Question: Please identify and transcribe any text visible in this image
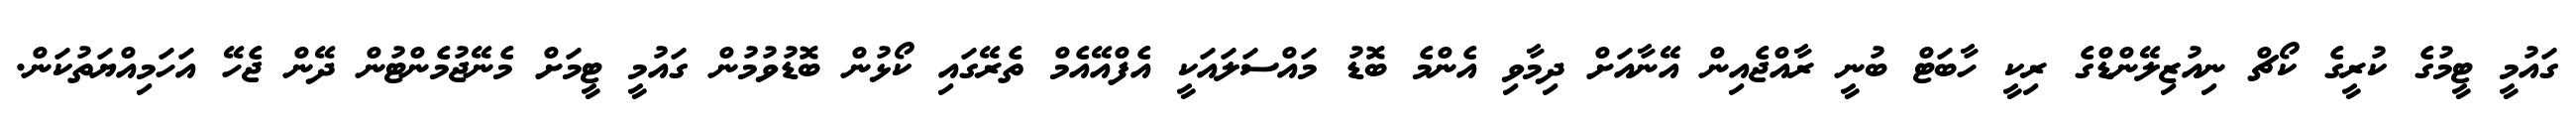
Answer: ގައުމީ ޓީމުގެ ކުރީގެ ކޯޗް ނިއުޒިލޭންޑްގެ ރިކީ ހާބަޓް ބުނީ ރާއްޖެއިން އޭނާއަށް ދިމާވި އެންމެ ބޮޑު މައްސަލައަކީ އެފްއޭއެމް ތެރޭގައި ކޯޅުން ބޮޑުވުމުން ގައުމީ ޓީމަށް މެނޭޖުމެންޓުން ދޭން ޖެހޭ އަހަމިއްޔަތުކަން.